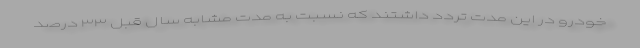
خودرو در این مدت تردد داشتند که نسبت به مدت مشابه سال قبل ۳۳ درصد